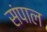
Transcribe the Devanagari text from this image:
संपाल